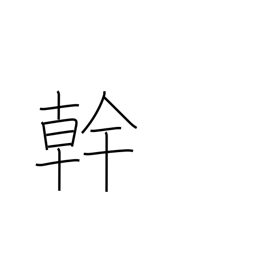
Meaning: talent